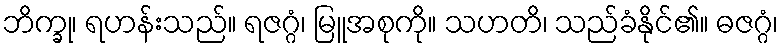
ဘိက္ခု၊ ရဟန်းသည်။ ရဇဂ္ဂံ၊ မြူအစုကို။ သဟတိ၊ သည်ခံနိုင်၏။ ဓဇဂ္ဂံ၊